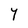
Character: Y